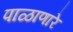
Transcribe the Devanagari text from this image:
पाळाणारे